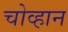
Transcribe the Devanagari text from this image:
चोव्हान